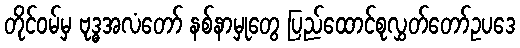
တိုင်ဝမ်မှ ဗုဒ္ဓအလံတော် နစ်နာမှုတွေ ပြည်ထောင်စုလွှတ်တော်ဥပဒေ